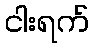
ငါးရက်